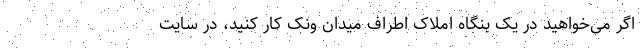
اگر می‌خواهید در یک بنگاه املاک اطراف میدان ونک کار کنید، در سایت